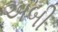
અબી